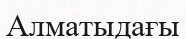
Алматыдағы